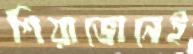
শিয়াভোনেই